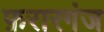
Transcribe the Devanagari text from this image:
फ़रारगंज